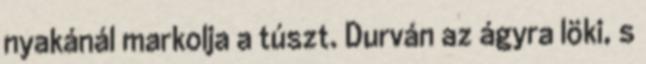
nyakánál markolja a túszt. Durván az ágyra löki, s